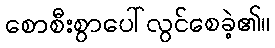
စောစီးစွာပေါ်လွင်စေခဲ့၏။